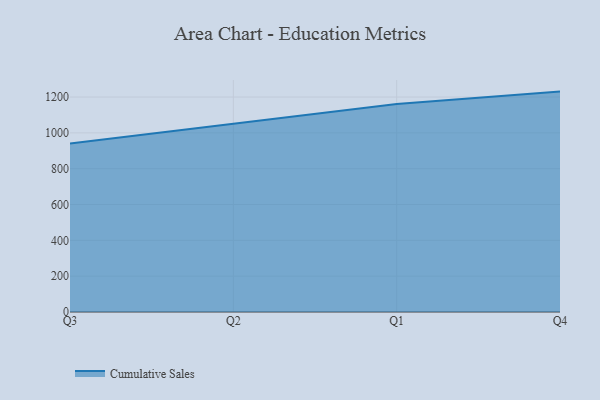
{"axis": {"x": "Quarter", "y": "Waste Production (Tons)"}, "legend": ["Cumulative Sales"], "data": [{"x": "Q3", "y": 940.8, "type": "Cumulative Sales"}, {"x": "Q2", "y": 1050.3, "type": "Cumulative Sales"}, {"x": "Q1", "y": 1161.8, "type": "Cumulative Sales"}, {"x": "Q4", "y": 1230.4, "type": "Cumulative Sales"}]}